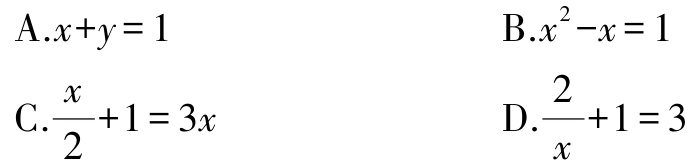
A.$x + y = 1$

B.$x^{2}-x = 1$

C.$\frac{x}{2}+1 = 3x$

D.$\frac{2}{x}+1 = 3$